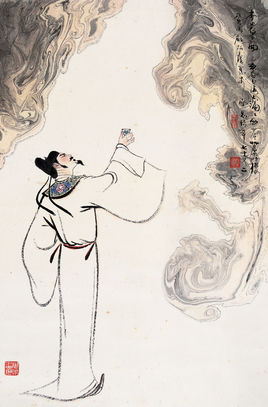
岸柳垂金线，雨晴莺百啭。